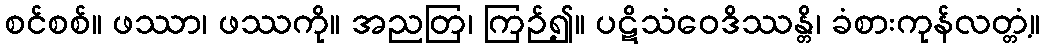
စင်စစ်။ ဖဿာ၊ ဖဿကို။ အညတြ၊ ကြဉ်၍။ ပဋိသံဝေဒိဿန္တိ၊ ခံစားကုန်လတ္တံ့။